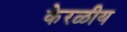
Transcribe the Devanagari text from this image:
केरळीय